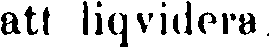
att liqvidera.